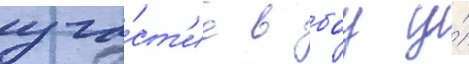
уча́ст'ие в боу у́